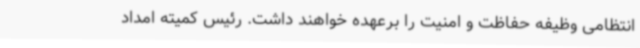
انتظامی وظیفه حفاظت و امنیت را برعهده خواهند داشت. رئیس کمیته امداد